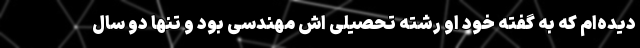
دیده‌ام که به گفته خود او رشته تحصیلی اش مهندسی بود و تنها دو سال